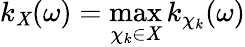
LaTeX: k_{\mathit{X}}(\omega)=\operatorname*{max}_{\chi_{k}\in\mathit{X}}k_{\chi_{k}}(\omega)